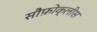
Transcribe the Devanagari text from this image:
सौफ़ोक्लीस